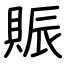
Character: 賑